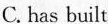
C. has built